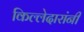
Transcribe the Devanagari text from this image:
किल्लेदारांनी